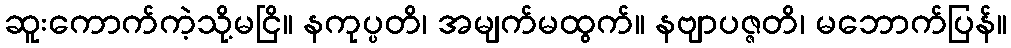
ဆူးကောက်ကဲ့သို့မငြိ။ နကုပ္ပတိ၊ အမျက်မထွက်။ နဗျာပဇ္ဇတိ၊ မဘောက်ပြန်။